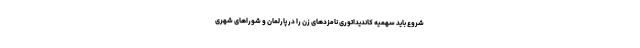
شروع باید سهمیه کاندیداتوری نامزدهای زن را در پارلمان و شوراهای شهری